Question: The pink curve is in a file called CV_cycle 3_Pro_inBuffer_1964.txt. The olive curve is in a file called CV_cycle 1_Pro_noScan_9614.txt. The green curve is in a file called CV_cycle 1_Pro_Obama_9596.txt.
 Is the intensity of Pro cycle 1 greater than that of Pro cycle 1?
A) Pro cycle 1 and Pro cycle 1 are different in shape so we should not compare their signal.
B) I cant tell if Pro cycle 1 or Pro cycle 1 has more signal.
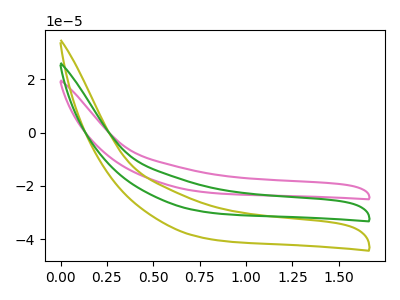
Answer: <think>The pink curve "Pro cycle 3" has no peaks. The olive curve "Pro cycle 1" has no peaks. The green curve "Pro cycle 1" has no peaks.
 Neither "Pro cycle 1" or "Pro cycle 1" have any peaks.</think>
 <answer>B) I cant tell if "Pro cycle 1" or "Pro cycle 1" has more signal.</answer>
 <eval>B</eval>